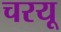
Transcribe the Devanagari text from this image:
चरयू